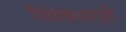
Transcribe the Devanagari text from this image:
विवेकजागृती